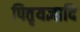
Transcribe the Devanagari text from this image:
पितृयज्ञादि